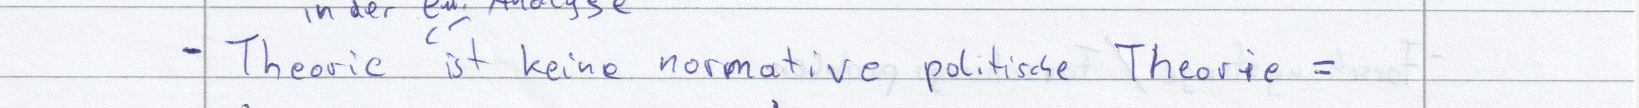
- Theorie ist keine normative politische Theorie =